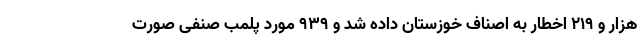
هزار و ۲۱۹ اخطار به اصناف خوزستان داده شد و ۹۳۹ مورد پلمب صنفی صورت